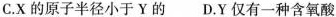
C.X的原子半径小于的 D.Y仅有一种含氧酸